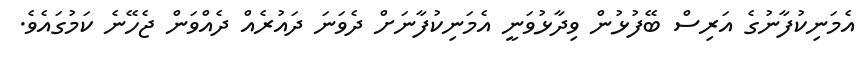
އެމަނިކުފާނުގެ އަރިސް ބޭފުޅުން ވިދާޅުވަނީ އެމަނިކުފާނަށް ދެވަނަ ދައުރެއް ދެއްވަން ޖެހޭނެ ކަމުގައެވެ.